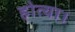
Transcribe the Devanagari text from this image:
होत्या।